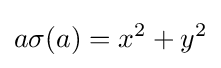
a\sigma (a)=x^{2}+y^{2}